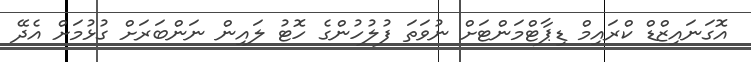
އޮގަނައިޒްޑް ކްރައިމް ޑިޕާޓްމަންޓަށް ނުވަތަ ފުލުހުންގެ ހޮޓު ލައިން ނަންބަރަށް ގުޅުމަށް އެދޭ